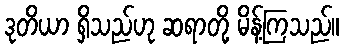
ဒုတိယာ ရှိသည်ဟု ဆရာတို့ မိန့်ကြသည်။